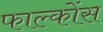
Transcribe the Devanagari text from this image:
फाल्कोंस